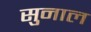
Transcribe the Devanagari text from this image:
सुनाल